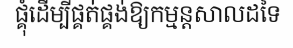
ផ្គុំដើម្បីផ្គត់ផ្គង់ឱ្យកម្មន្តសាលដទៃ